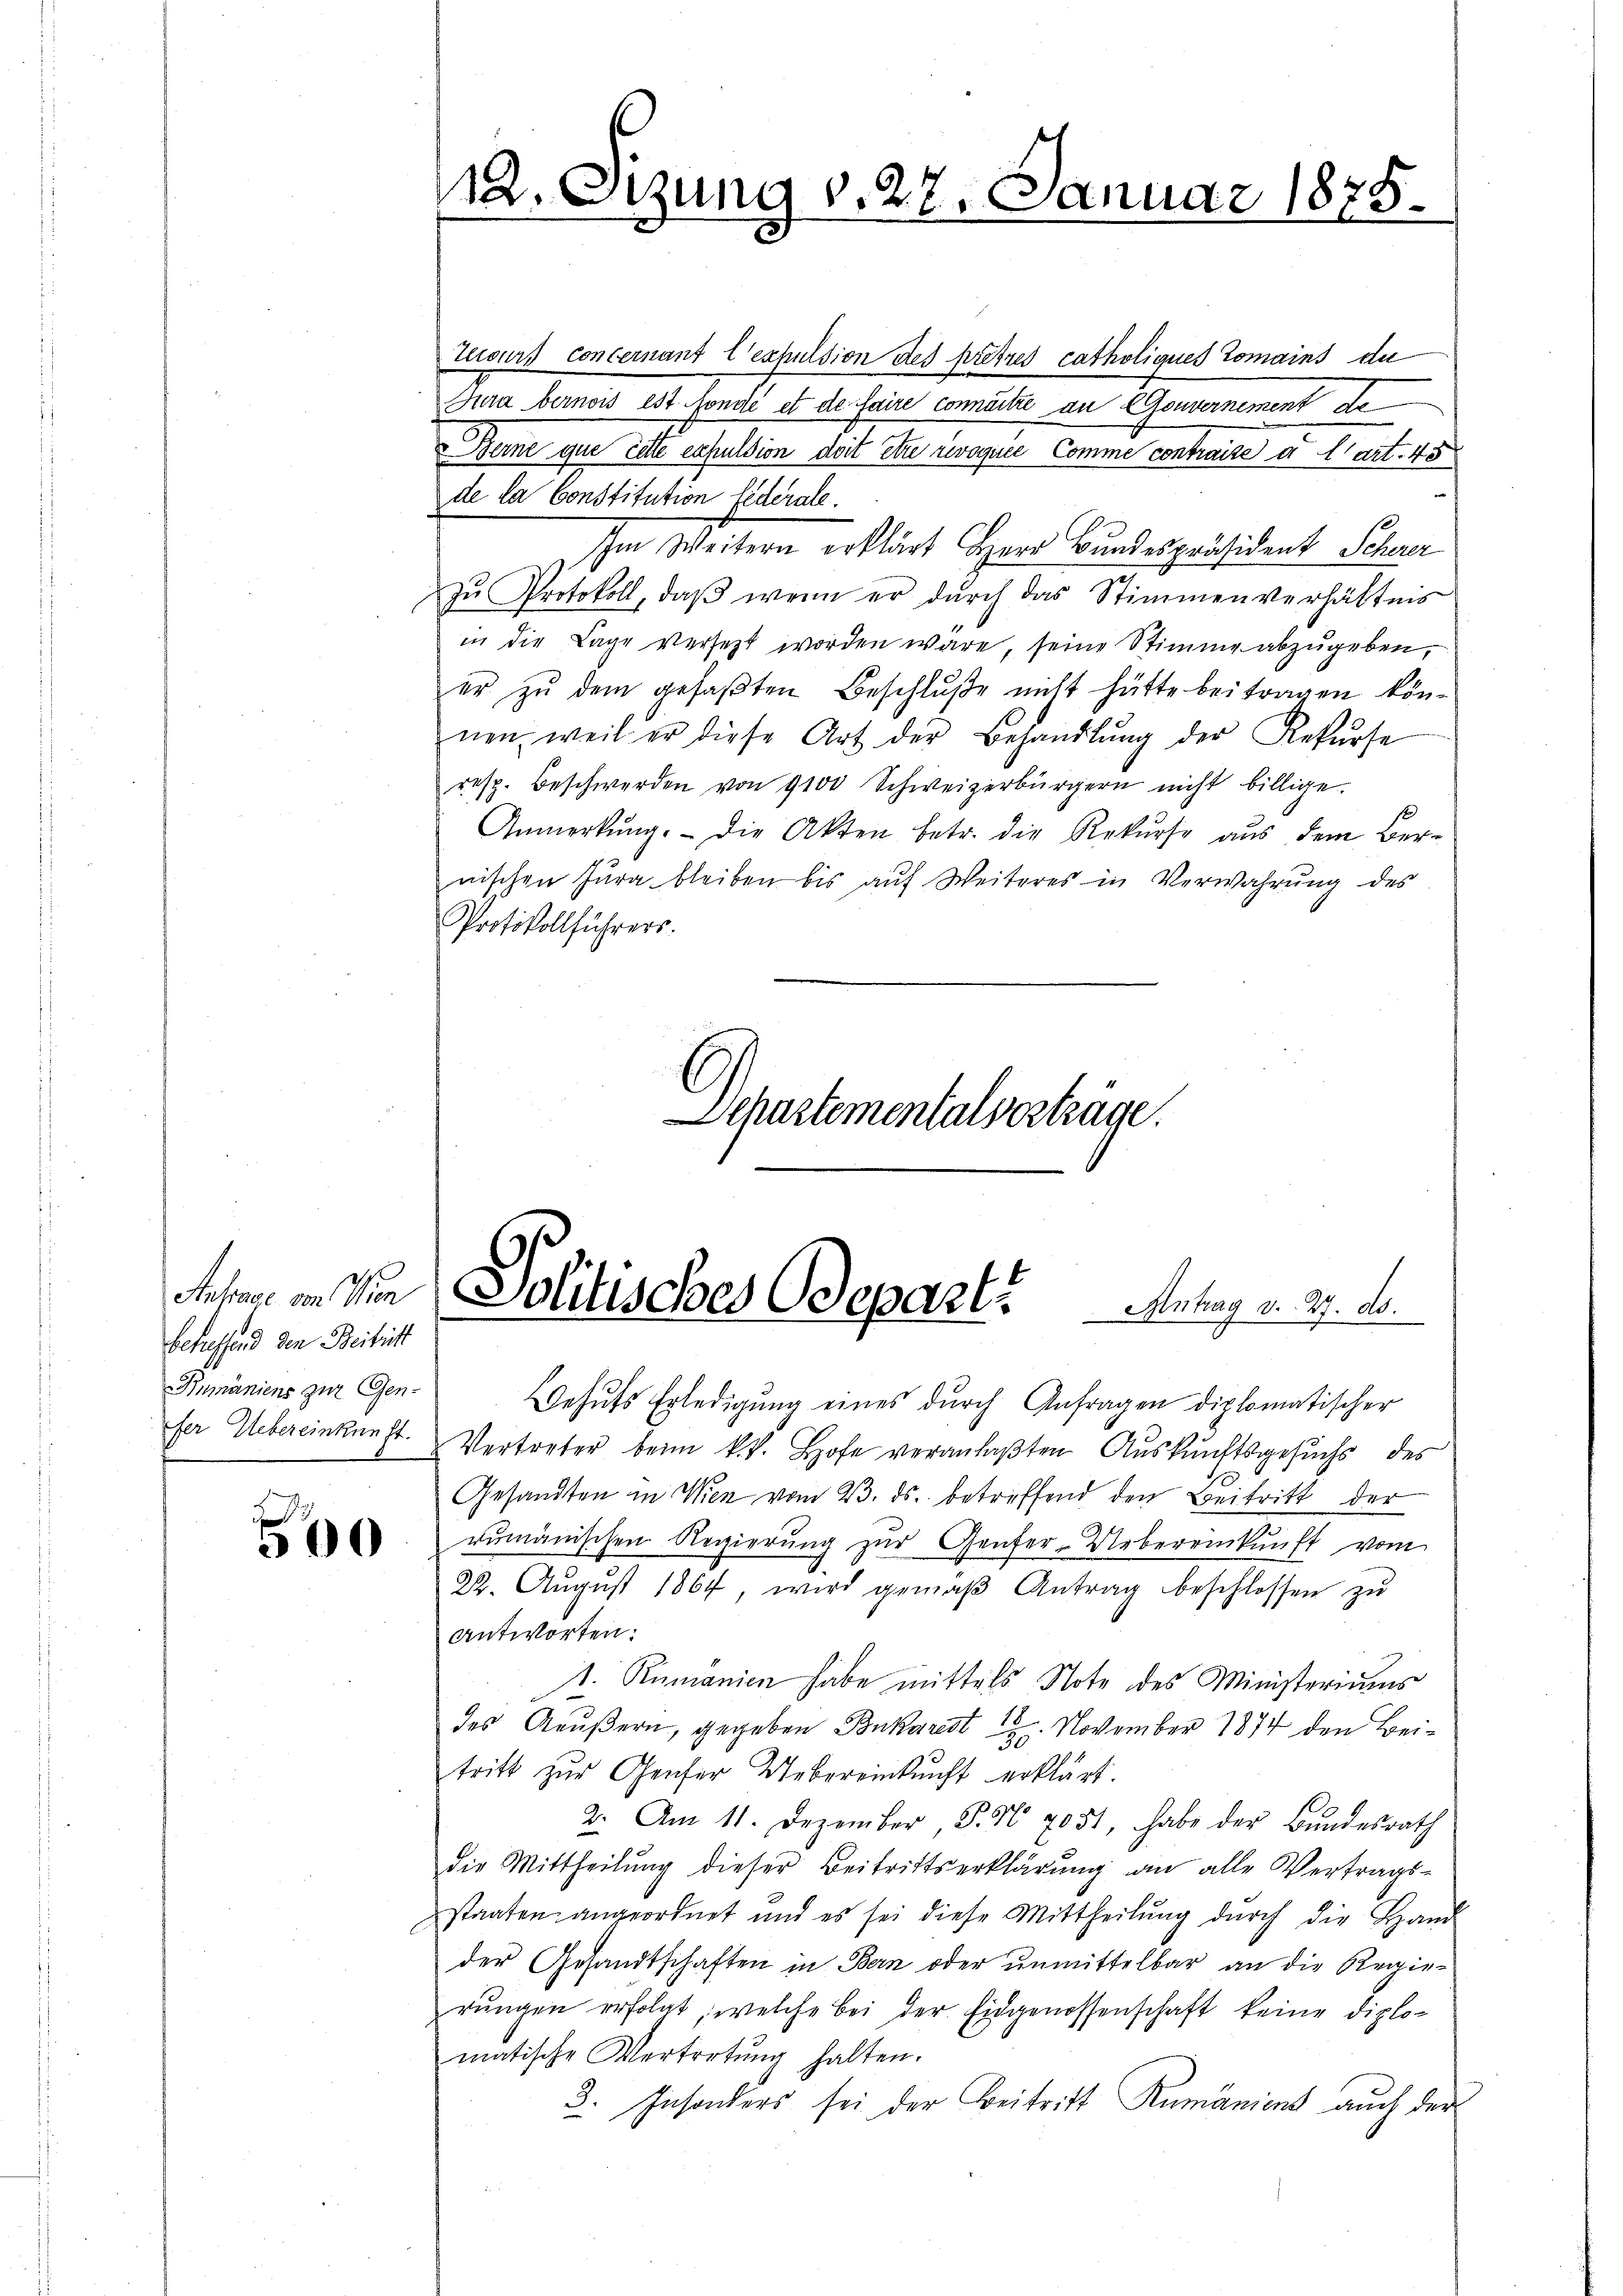
betreffend den Beitritt
Rumäniens zur Gen¬

0

Terours concernant l’expulsion des pritzes catholiques Tomains de
Jura bernois est fonde et de faire connaitre an Gouvernement de
Berne que cette expulsion doit être revoquée Comme contraire à l’art. 45
de la Constitution fiderate
Ihm Weitern erklärt Herr Bundespräsident Schwer
zŭ Protokoll, daβ wenn er dŭrch das Stimmenverhältnis
in die Lage versetzt worden wäre, seine Stimme abzugeben,
er zŭ dem gefaβten Beschlŭβe nicht hätte beitragen kön-
nen, weil er diese Art der Behandlŭng der Rekŭrse
resp. Beschwerden von 9100 Schweizerbürgern nicht billige.
Anmerkŭng. Die Akten betr. die Rekŭrse aŭs dem Ber-
nischen Jura bleiben bis aŭf Weiteres in Verwahrŭng des
Protokollführers.
Schartementalverträge.

112. Setzung v. 28. Januar 1875.

Mehmen in die Politisches Odeparte Anstag v. 27. de

Wehuts Erledigung eines durch Anfragen diplomatischer
fer Uebereinkunft. Vertreter beim k.k. Hofe veranlaβten Aŭskŭnftsgesŭchs des
Gesandten in Wien vom 23. ds. betreffend den Beitritt der
rumänischen Regierung zur Genfer-Uebereinkunft vom
22. Aŭgŭst 1864, wird gemäβ Antrag beschlossen zŭ
antworten:
t. Rumanien habe mittels Note des Ministeriums
des Aeußern, gegeben Bukarst 18. November 1874 den Beitritt zŭr Genfer Uebereinkŭnft erklärt.
2. Am 11. Dezember S. 58 7051, habe der Bŭndesrath
die Mittheilung dieser Beitrittserklärung an alle Vertrags-
staaten angeordnet und es sei diese Mittheilŭng dŭrch die Hand
der Gesandtschaften in Bern oder unmittelbar an die Regierŭngen erfolgt, welche bei der Eidgenossenschaft keine diplomatische Vertretŭng halten.
3. Insonders sei der Beitritt Rumänient auch der